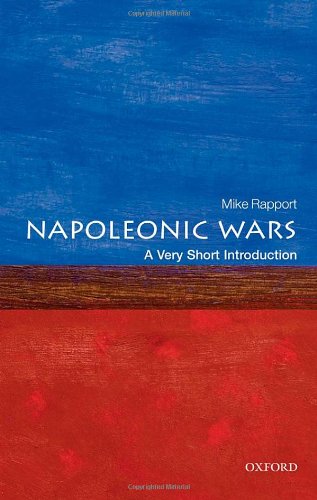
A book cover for The Napoleonic Wars: A Very Short Introduction (Very Short Introductions); Mike Rapport; History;